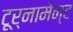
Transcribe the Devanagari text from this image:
टूर्नामेन्‍ट